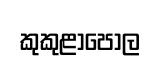
කුකුළාපොල